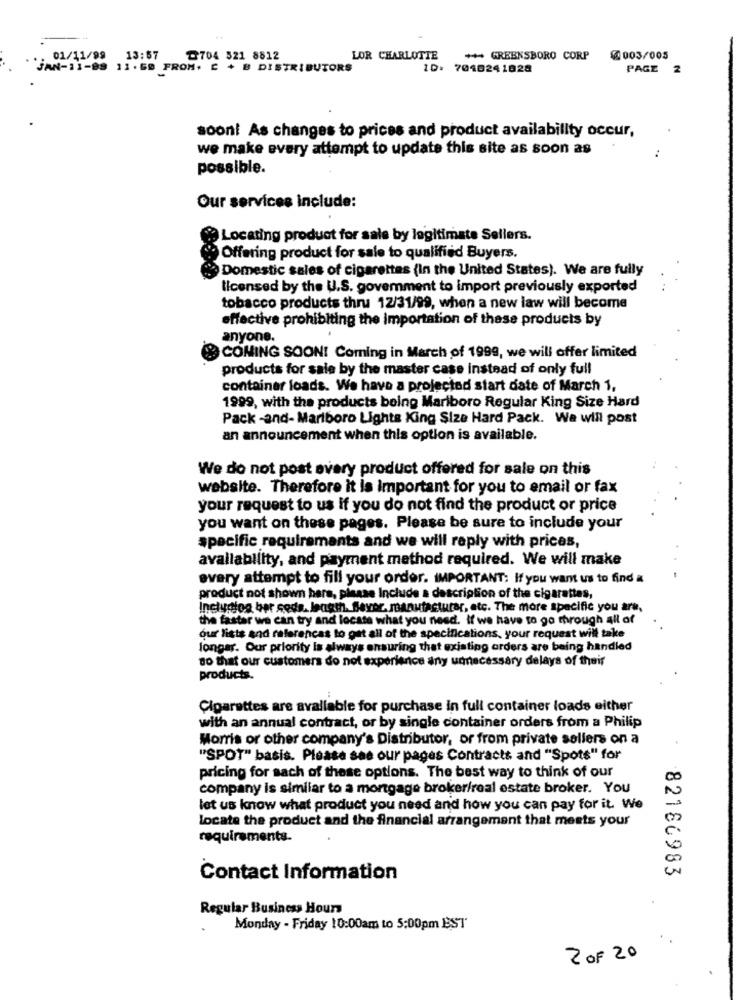
.: 01/11/99
13:57
₾704 521 8812
LOR CHARLOTTE
+ GREENSBORO CORP
@003/005
"'JAN-11-89 11. 60 FROM, C + B DISTRIBUTORS
ID: 7010241828
PAGE
soon! As changes to prices and product availability occur,
we make every attempt to update this site as soon as
possible.
Our services include:
Locating product for sale by legitimate Sellers.
Offering product for sale to qualified Buyers.
Domestic sales of cigarettes (In the United States). We are fully
licensed by the U.S. govemment to import previously exported
tobacco products thru 12/31/99, when a new law will become
effective prohibiting the importation of these products by
anyone.
COMING SOON! Coming in March of 1999, we will offer limited
products for sale by the master case instead of only full
container loads. We have a projected start date of March 1,
1999, with the products being Marlboro Regular King Size Hard
Pack -and- Marlboro Lights King Size Hard Pack. We will post
an announcement when this option is available.
We do not post every product offered for sale on this
website. Therefore it is Important for you to email or fax
your request to us if you do not find the product or price
you want on these pages. Please be sure to include your
specific requirements and we will reply with prices,
availability, and payment method required. We will make
every attempt to fill your order. IMPORTANT: If you want us to find a
product not shown here, please Include a description of the cigarettes,
Inclusion ber soda. Jengm. Bevor, manufacturer, etc. The more specific you are,
the faster we can try and locate what you need. If we have to go through all of
our lists and references to get all of the specifications, your request will take
longer. Our priority is always ensuring that existing orders are being handled
so that our customers do not experience any unnecessary delays of their
products.
Cigarettes are available for purchase in full container loads either
with an annual contract, or by single container orders from a Philip
Morris or other company's Distributor, or from private sellers on a
-
"SPOT" basis. Please see our pages Contracts and "Spots" for
pricing for sach of these options. The best way to think of our
company is similar to a mortgage broker/real estate broker. You
let us know what product you need and how you can pay for it. We
Locate the product and the financial arrangement that meets your
requirements.
82186983
Contact Information
Regular Business Hours
Monday - Friday 10:00am to 5:00pm EST
2 OF 20